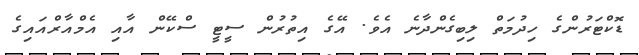
ޑޮކްޓަރުންގެ ހިދުމަތް ލިބިގެންދާނެ އެވެ. އޭގެ އިތުރުން ސީޓީ ސްކޭން އާއި އެމްއާރްއައިގެ